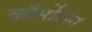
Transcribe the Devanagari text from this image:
कॉर्मोरान